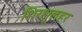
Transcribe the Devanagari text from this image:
शिरशूलहर